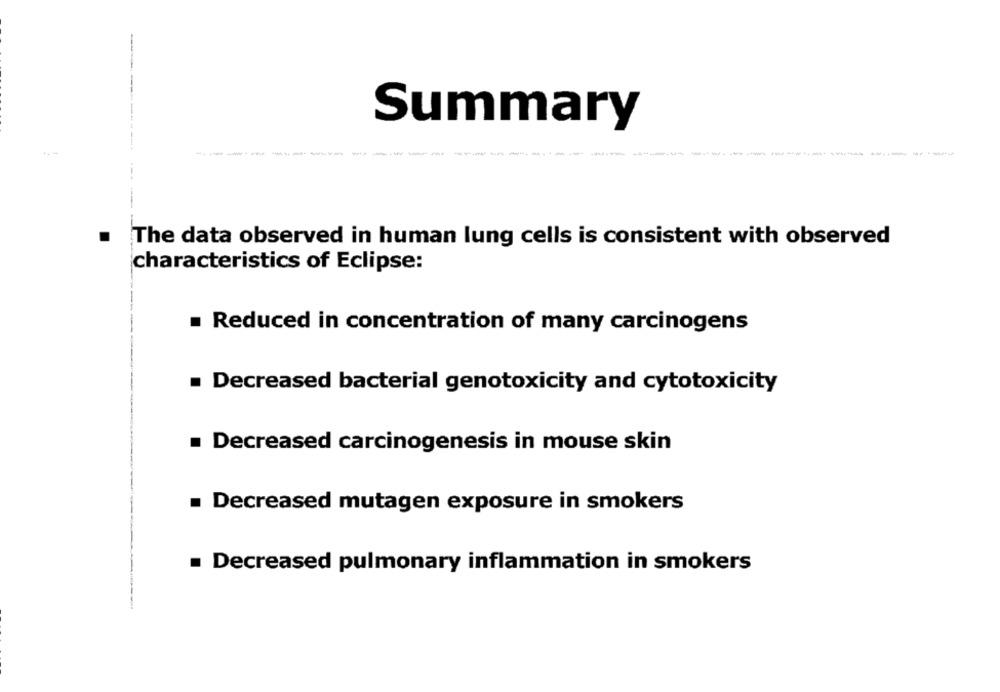
-
--
Summary
---
The data observed in human lung cells is consistent with observed
characteristics of Eclipse:
Reduced in concentration of many carcinogens
Decreased bacterial genotoxicity and cytotoxicity
Decreased carcinogenesis in mouse skin
Decreased mutagen exposure in smokers
Decreased pulmonary inflammation in smokers